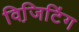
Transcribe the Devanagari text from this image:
विजि़टिंग